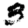
Digit: 3